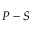
\boldsymbol { P } - \boldsymbol { S }